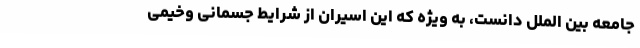
جامعه بین الملل دانست، به ویژه که این اسیران از شرایط جسمانی وخیمی